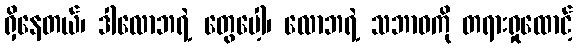
ရှိနေတယ်၊ ဒါလောဘရဲ့ တွေပေါ့၊ လောဘရဲ့ သဘာဝကို တရားရှုထောင့်